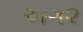
અગ૨